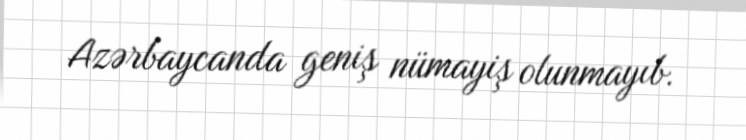
Azərbaycanda geniş nümayiş olunmayıb.